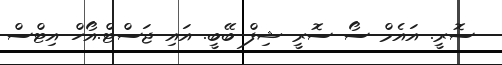
ސޮރީ. އައެމް ސޯ ސޮރީ ޝިފް ބޭބީ. އައި ޖަސްޓް.އޯހް އިޓްސް